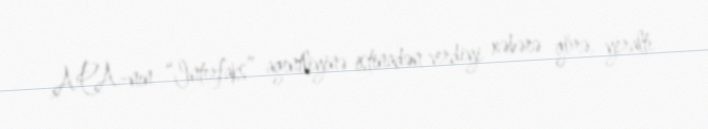
APA-nın “Interfaks” agentliyinə istinadən verdiyi xəbərə görə, yeraltı